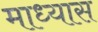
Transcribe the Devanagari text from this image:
माध्यास